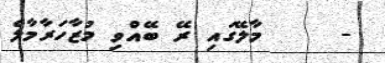
-     މާލޭގައި ރޭ ބޭއްވި މުޒާހަރާމާލެ